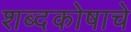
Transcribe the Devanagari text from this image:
शब्दकोषाचे